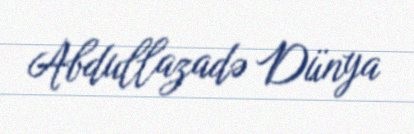
Abdullazadə Dünya